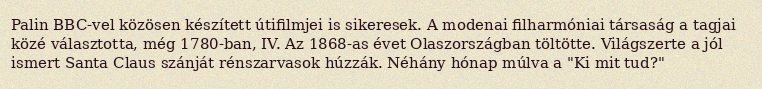
Palin BBC-vel közösen készített útifilmjei is sikeresek. A modenai filharmóniai társaság a tagjai közé választotta, még 1780-ban, IV. Az 1868-as évet Olaszországban töltötte. Világszerte a jól ismert Santa Claus szánját rénszarvasok húzzák. Néhány hónap múlva a "Ki mit tud?"